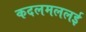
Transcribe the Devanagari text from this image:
कदलमललई